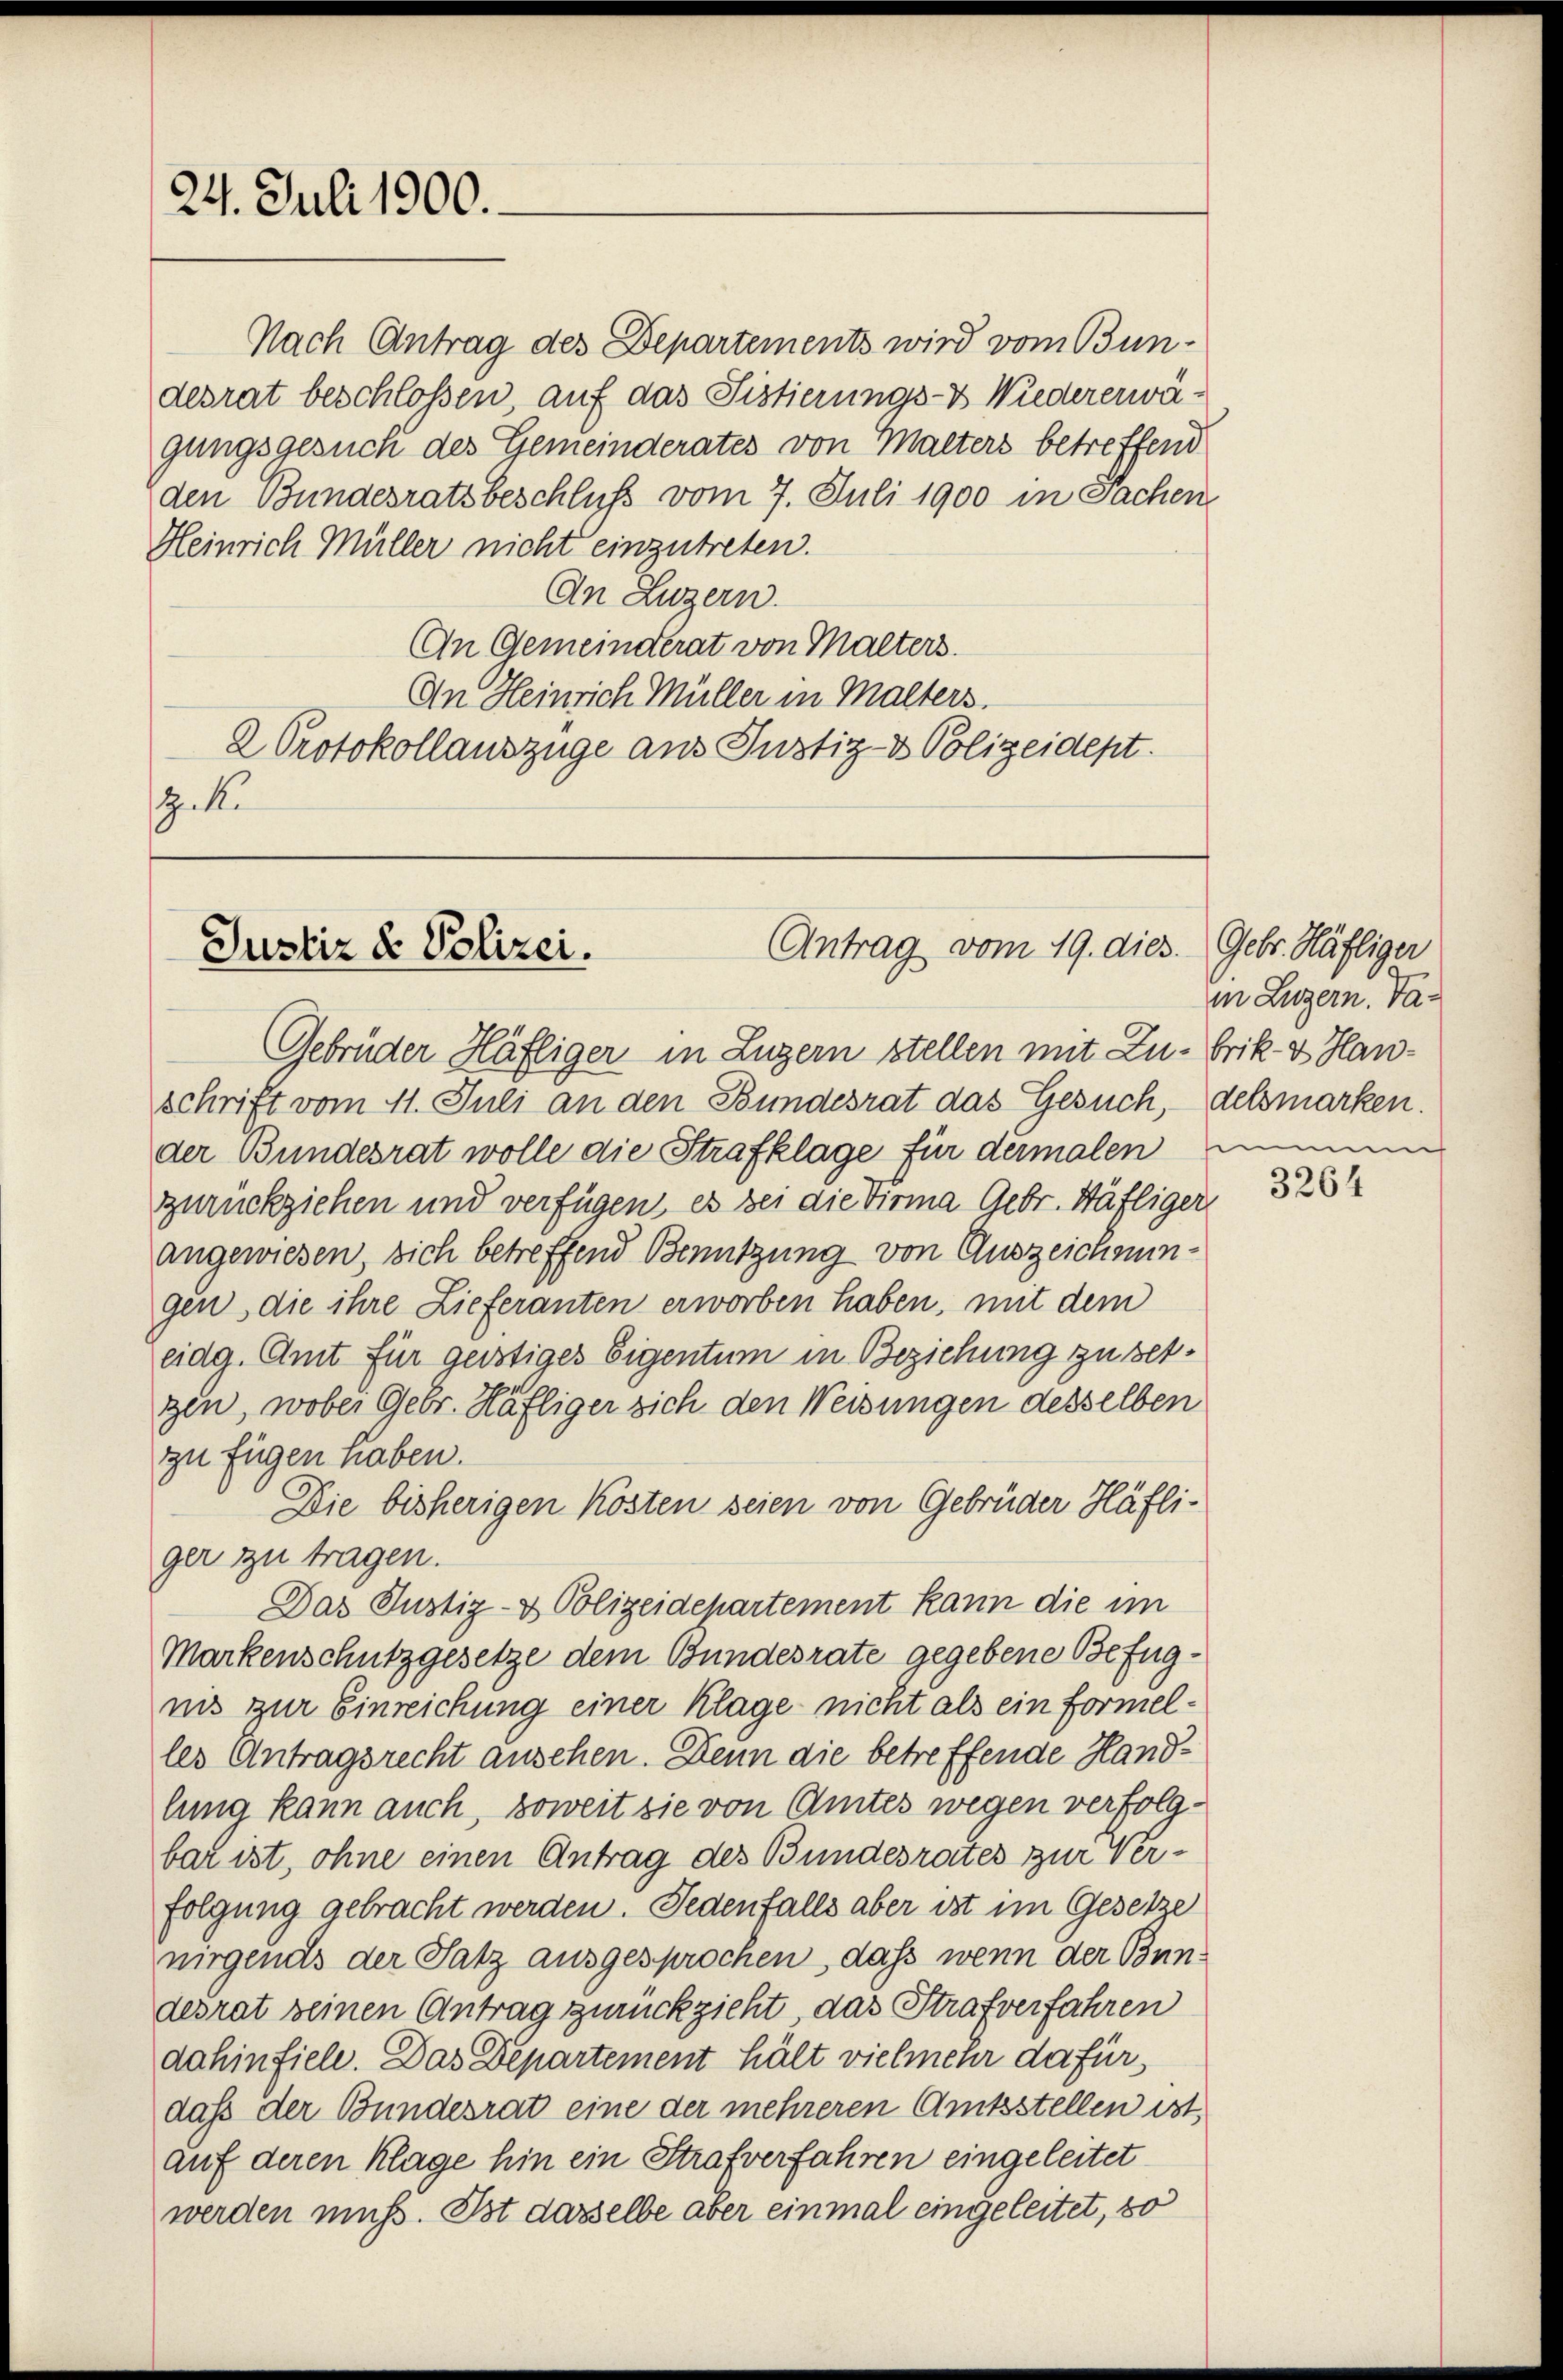
24. Juli 1900.

Nach Antrag des Departements wird vom Bun-
desrat beschloßen, auf das Fistierungs- & Wiedererwägungsgesuch des Gemeinderates von Malters betreffend
den Bundesratsbeschluss vom 7. Juli 1900 in Sachen
Heinrich Müller nicht einzutreten.
An Luzern.
An Gemeinderat von Malters.
An Heinrich Müller in Malters.
2 Protokollauszüge aus Justiz- & Polizeidept.
Gek

Antrag vom 19. dies. Gebr. Häfliger
Justiz & Polizei.

Gebrüder Häfliger in Luzern stellen mit Zu- Frik- & Hanschrift vom 11. Juli an den Bundesrat das Gesuch, delsmarken.
der Bundesrat wolle die Strafklage für dermalen mein
zurückziehen und verfügen, es bei die Firma Gebr. Häfliger
angewiesen, sich betreffend Benutzung von Auszeichnungen, die ihre Lieferanten erworben haben, mit dem
eidg. Amt für geistiges Eigentum in Beziehung zu setgen, wobei Gebr. Häfliger sich den Weisungen desselben
zu fügen haben.
Die bisherigen Kosten seien von Gebrüder Häfli-
ger zu tragen.
Das Justiz- & Polizeidepartement kann die im
Markenschutzgesetze dem Bundesrate gegebene Befugnis zur Einreichung einer Klage nicht als ein Formelles Antragsrecht auschen. Denn die betreffende Handlung kann auch, soweit sie von Amtes wegen verfolgbar ist, ohne einen Antrag des Bundesrates zur Verfolgung gebracht werden: Jedenfalls aber ist im Gesetze
nirgends der Satz ausgesprochen, daß wenn der Bundesrat seinen Antrag zurückzieht, das Strafverfahren
dahinfiele. Das Departement hält vielmehr dafür,
dass der Bundesrat eine der mehreren Amtsstellen ist
auf deren Klage hin ein Strafverfahren eingeleitet
werden muss. Ist dasselbe aber einmal eingeleitet, so

in Luzern. Va¬

3264